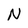
Character: N